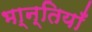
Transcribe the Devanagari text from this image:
भा्न्तियाँ